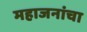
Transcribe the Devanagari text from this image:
महाजनांचा